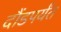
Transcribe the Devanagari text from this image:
दौंडपर्यंत